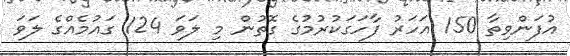
އުފަންވިތާ 150 އަހަރު ފާހަގަކުރުމުގެ ގޮތުން މި ލަވަ 124 ގައުމެއްގެ ލަވަ